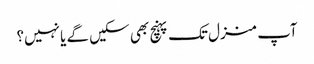
آپ منزل تک پہنچ بھی سکیں گے یا نہیں؟